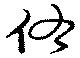
佑